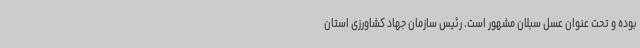
بوده و تحت عنوان عسل سبلان مشهور است. رئیس سازمان جهاد کشاورزی استان